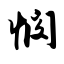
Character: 悯